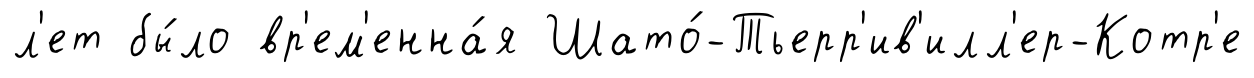
л'ет бы́ло вр'ем'енна́я Шато́-Тьерр'ив'илл'ер-Котр'е